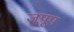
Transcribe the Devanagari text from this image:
जूपूप